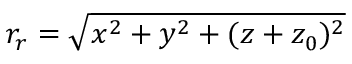
r _ { r } = \sqrt { x ^ { 2 } + y ^ { 2 } + ( z + z _ { 0 } ) ^ { 2 } }